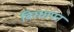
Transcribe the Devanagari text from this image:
बिरधापन